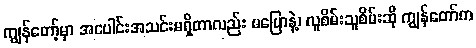
ကျွန်တော့်မှာ အပေါင်းအသင်းမရှိတာလည်း မပြောနဲ့၊ လူစိမ်းသူစိမ်းဆို ကျွန်တော်က